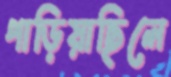
পাড়িয়াছিলে